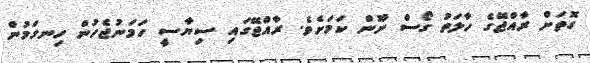
ގޮތަށް ރާއްޖޭގެ ހާލަތު ގޯސް ނޫން ކަމަށެވެ. ރާއްޖޭގައި ސިޔާސީ ހަމަނުޖެހުން ހިނގަމުން